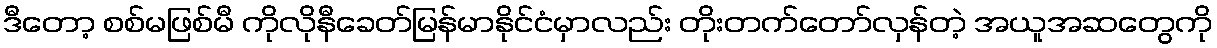
ဒီတော့ စစ်မဖြစ်မီ ကိုလိုနီခေတ်မြန်မာနိုင်ငံမှာလည်း တိုးတက်တော်လှန်တဲ့ အယူအဆတွေကို